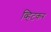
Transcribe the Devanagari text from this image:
व्हिटकर